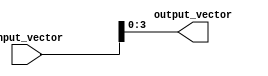
module PartSelectContinuousAssignment (
    input wire [7:0] input_vector,  // 8-bit input vector
    output wire [3:0] output_vector  // 4-bit output vector
);

// Continuous assignment using part select
assign output_vector = input_vector[3:0]; // Select bits [3:0] from input_vector

endmodule